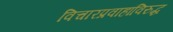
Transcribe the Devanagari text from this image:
विचारप्रवाहांविरुद्ध